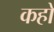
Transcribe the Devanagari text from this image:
कहों